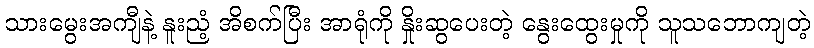
သားမွေးအကျီနဲ့ နူးညံ့ အိစက်ပြီး အာရုံကို နှိုးဆွပေးတဲ့ နွေးထွေးမှုကို သူသဘောကျတဲ့